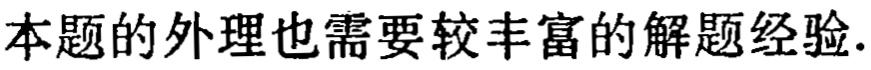
本题的外理也需要较丰富的解题经验.